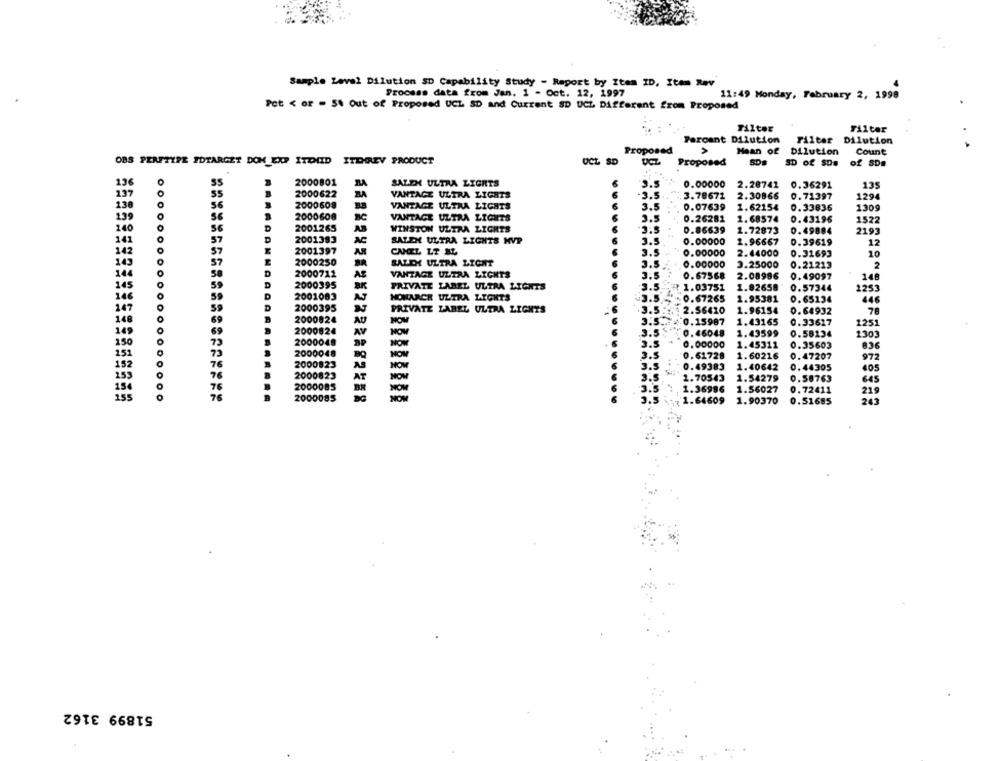
Sample Level Dilution SD Capability Study - Raport by Item ID, Item Rav
Process data from Jan. 1 - Oct. 12, 1997
11:49 Monday, February 2, 1998
Pot < or = 5. Out of Proposed UCL SD and Current SD UCL Different from Proposed
Filter
Filter
Percent Dilution
Filter Dilution
Proposed
Mean of Dilution
Count
OBS PERFTYPE IDTARGET DOM EXP ITDID ITEHREV PRODUCT
UCL SD
UCZ
Proposed
SD#
SD of SDs of SDm
136
0
2000801
SALEN ULTRA LIGRTS
55
3.5
0.00000
2.28741
0.36291
135
137
55
2000622
VANTAGE ULTRA LIGHTS
6
-3.5
3.78671
2.30866
0.71397
1294
56
2000608
VANTAGE ULTRA LIGHTS
6
3.5
0.33836
1309
0.07639
1.62154
139
56
2000608
VANTACE ULTRA LIGHTS
3.5
0.26281
1.68574
0.43196
1522
140
O.O
56
D
2001265
WINSTON ULTRA LIGHTS
1.72873
0.49884
0.86639
2193
141
57
D
2001383
AC
SALEN ULTRA LIGHTS MVP
3.5
0.00000
1.96667
0.39619
12
142
57
2001397
AR
CANEL LT BL
0.00000
0.31693
10
3.5
2.44000
143
57
2000250
SALEH ULTRA LIGHT
3.5
0.00000
3.25000
0.21213
2
144
D
2000712
AS
VANTAGE ULTRA LIGHTS
3.5
0.49097
50
0.67568
2.08996
148
145
59
D
2000395
PRIVATE LABEL ULTRA LIGHTS
6
3.5-
1.03751
1.82658
0.57344
1253
146
59
2001083
AJ
NOHARCR ULTRA LIGHTS
1.95381
+3.5 -0.67265
0.65134
446
147
59
2000395
PRIVATE LABEL ULTRA LIGHTS
.3.5: 2.56410
1.96154
0.64932
148
69
2000824
3.5 ..
:0.15987
1.43165
0.33627
1251
149
0
69
2000824
AV
.3.5
0.46048
1.43599
0.58234
1301
150
73
00048
3.5
0.00000
1.45311
0.35603
836
151
73
20048
NOW
3.5
0.61728
1.60216
0.47207
972
152
76
000923
NOM
3.5
1.40642
253
0.49383
0.44305
405
78
000823
AT
2.5
1.70543
1.54279
0.58763
645
154
76
2000085
NOW
3.5
1.36986
1.56027
0.72411
219
155
76
2000085
3.5
1.64609
1.90370
0.51685
243
51899 3162